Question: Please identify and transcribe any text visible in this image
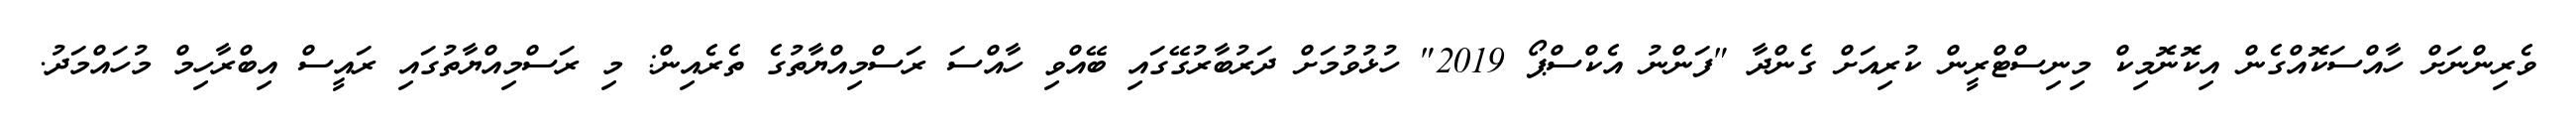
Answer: ވެރިންނަށް ހާއްސަކޮއްގެން އިކޮނޮމިކް މިނިސްޓްރީން ކުރިއަށް ގެންދާ "ފަންނު އެކްސްޕޯ 2019" ހުޅުވުމަށް ދަރުބާރުގޭގައި ބޭއްވި ހާއްސަ ރަސްމިއްޔާތުގެ ތެރެއިން: މި ރަސްމިއްޔާތުގައި ރައީސް އިބްރާހިމް މުހައްމަދު.